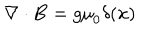
\nabla \cdot { \bf B } = g { \mu } _ { 0 } \delta ( { \bf x } )